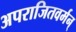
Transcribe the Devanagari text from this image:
अपराजितवर्मन्